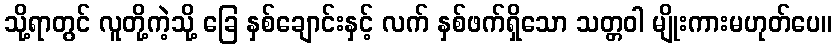
သို့ရာတွင် လူတို့ကဲ့သို့ ခြေ နှစ်ချောင်းနှင့် လက် နှစ်ဖက်ရှိသော သတ္တဝါ မျိုးကားမဟုတ်ပေ။